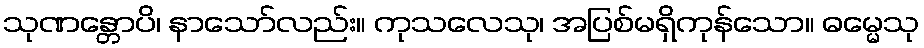
သုဏန္တောပိ၊ နာသော်လည်း။ ကုသလေသု၊ အပြစ်မရှိကုန်သော။ ဓမ္မေသု